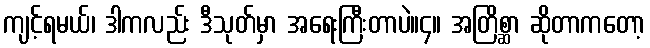
ကျင့်ရမယ်၊ ဒါကလည်း ဒီသုတ်မှာ အရေးကြီးတာပဲ။၄။ အတြိစ္ဆာ ဆိုတာကတော့